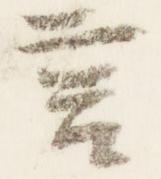
言